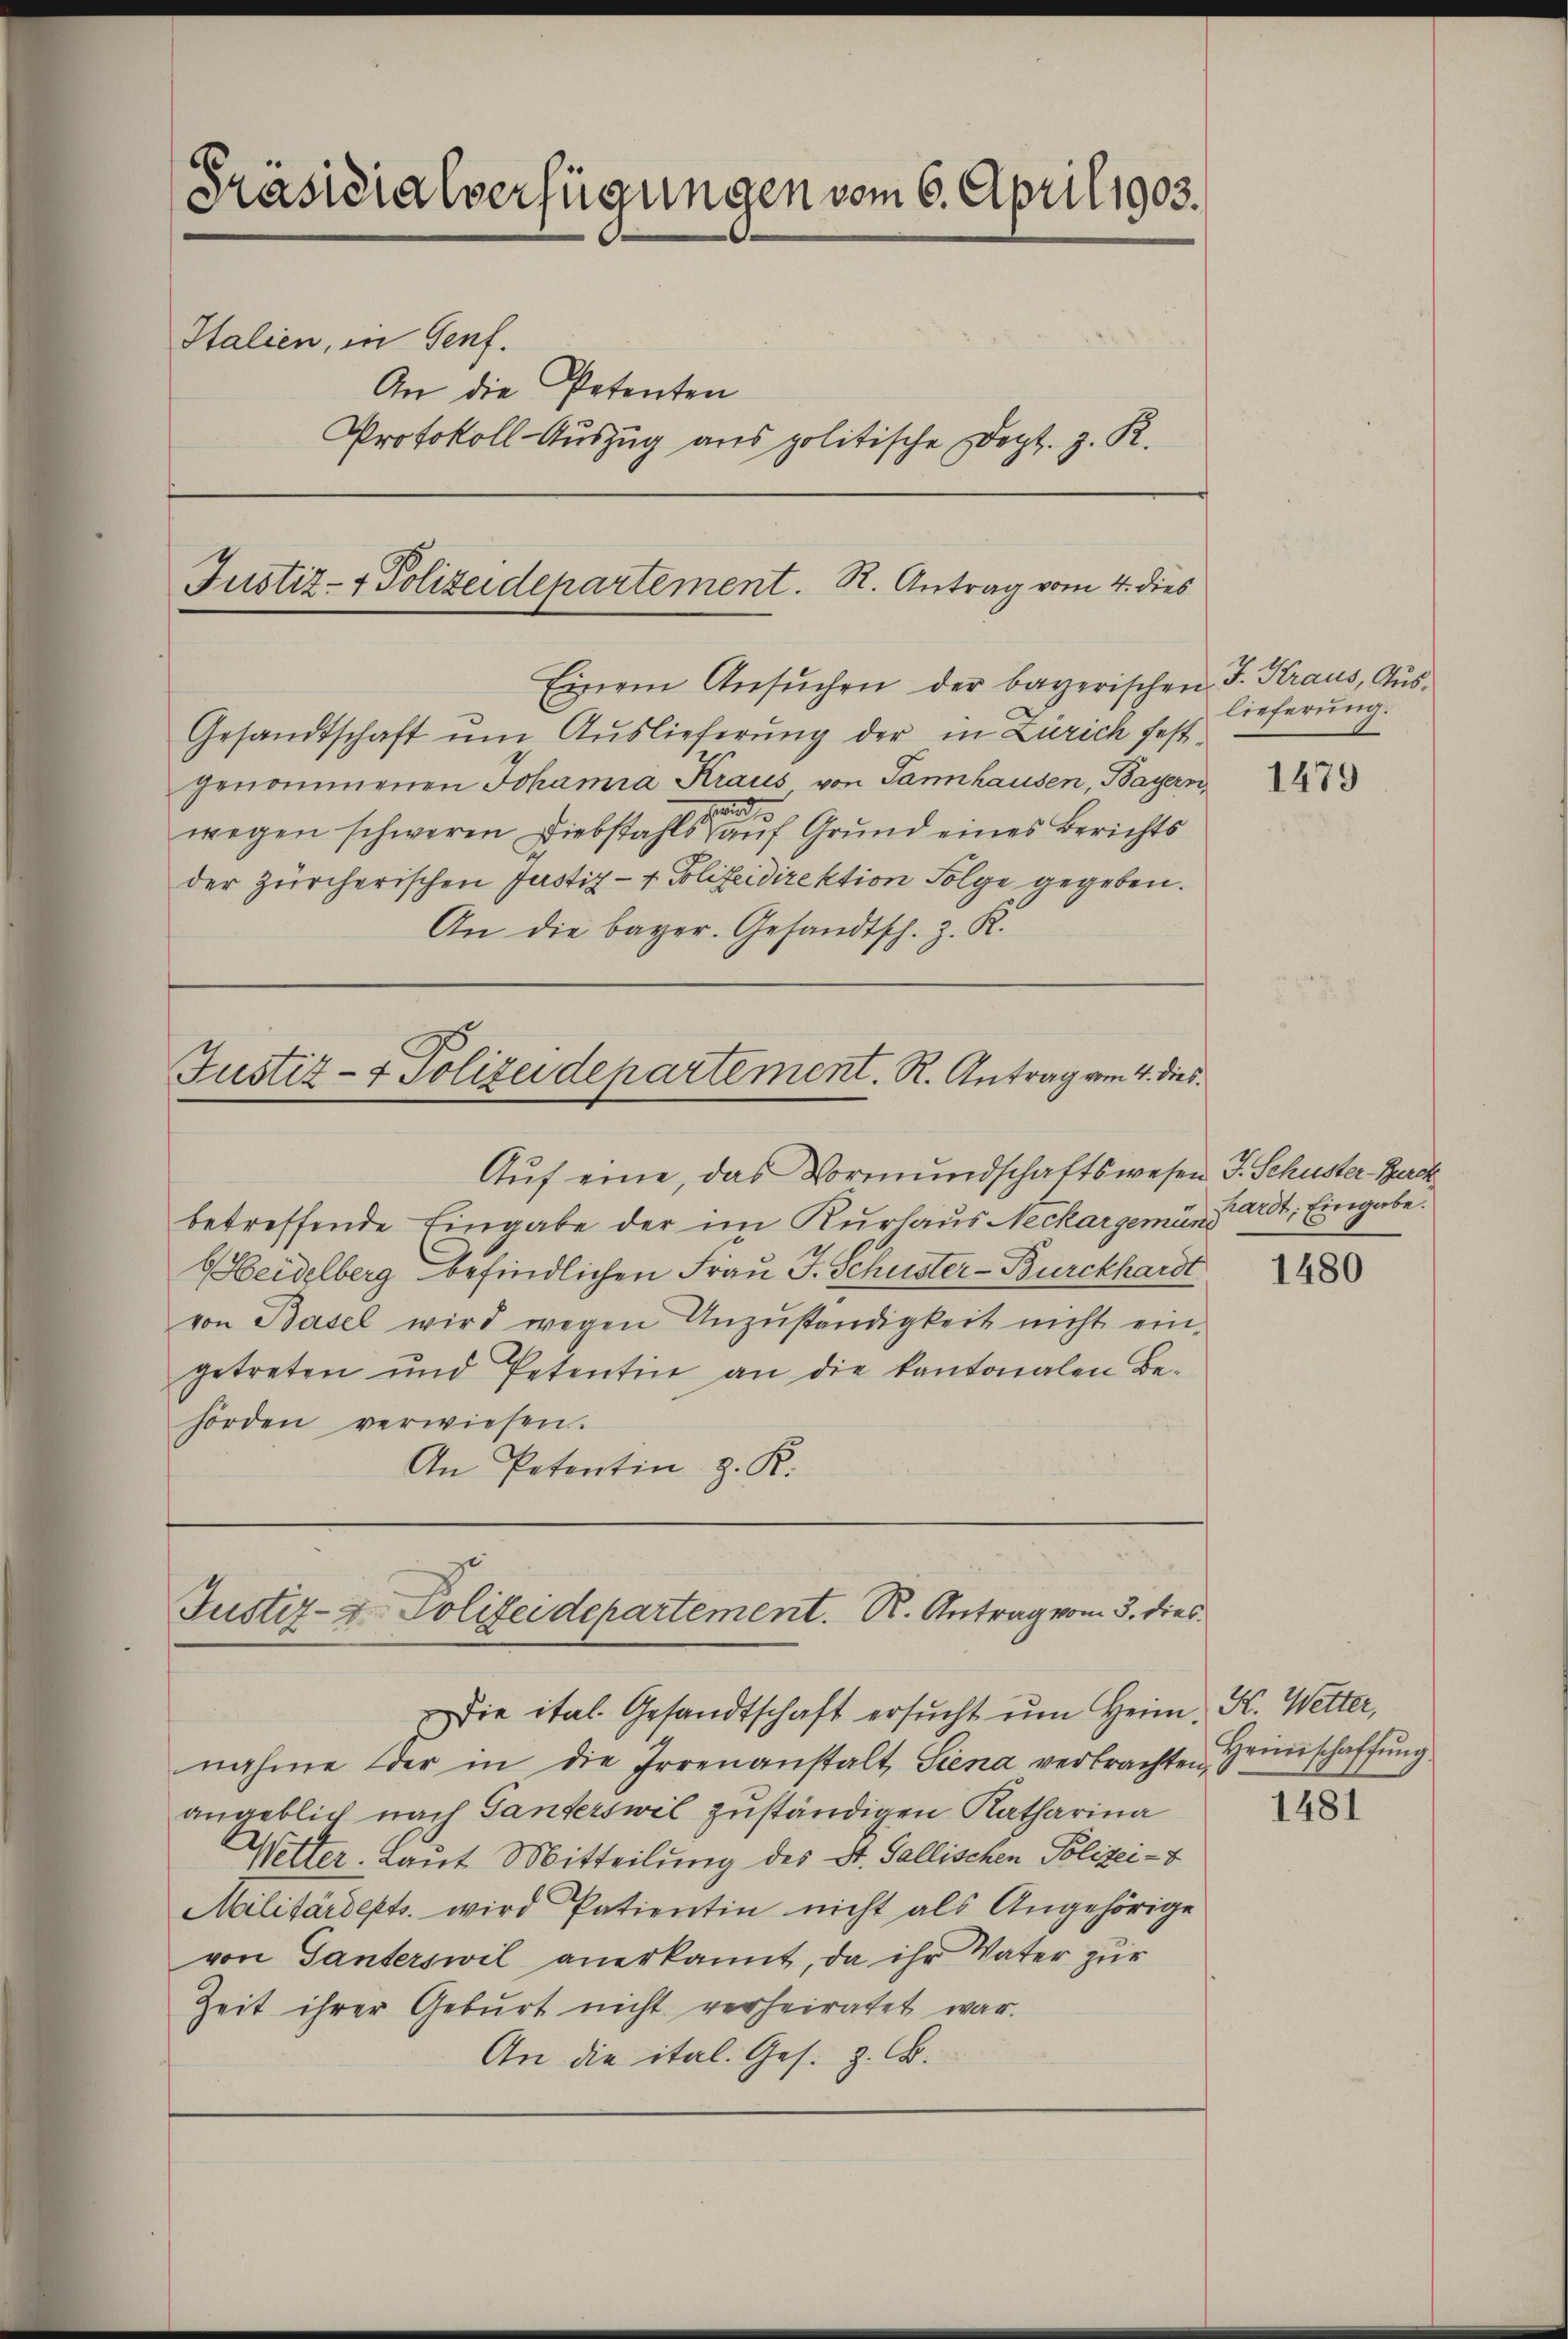
Präsidialverfügungen vom 6. April 1903.

Italien, in Genf.
An die Petenten
Protokoll- Auszug aus politische Doct. z. R.

Justiz- & Polizeidepartement. St. Antrag vom 4. dies

Einem Ansŭchen der bayerischen J. Kraus, Aus¬
Gesandtschaft um Auslieferung der in Zürich festgenommenen Johanna Kraus von Tannhausen, Bayern,
wegen schweren Diebstahls auf Grund eines Berichts
der zürcherischen Justiz- & Polizeidirektion Folge gegeben.
An die bayer. Gesandtsch. z. R.

Justiz- & Polizeidepartement. R. Antrag vom 4. dies

Auf eine, das Vormundschaftswesen J. Schuster Burck
betreffende Eingabe der im Kurlaus Neckargemi, Pardt, Eingabe.
HHeidelberg befindlichen Frau J. Schuster-Burckhardt
von Basel wird wegen Unzŭständigkeit nicht ein-
getreten und Petentin an die kantonalen Be-
hörden verwiesen.
An Petentin z. K.

Justiz- & Polizeidepartement. R. Antrag vom 3. dies

Die ital. Gesandtschaft ersŭcht ŭm Heim, Kt. Wetter,
nahme der in die Irrenanstalt Siena verbrachten Grundschaffung
angeblich nach Tanterswil zuständigen Katharina
Wetter. Laut Mitteilung des St. Gallischen Polizei-
Militärdepts. wird Patientin nicht als Angehörige
von Ganterswil anerkannt, da ihr Vater zur
Zeit ihrer Geburt nicht verheiratet war.
An die ital. Ges. z. B.

lieferung.

1479

1480

1481